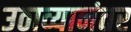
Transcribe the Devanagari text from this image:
उठाव्यानंतर